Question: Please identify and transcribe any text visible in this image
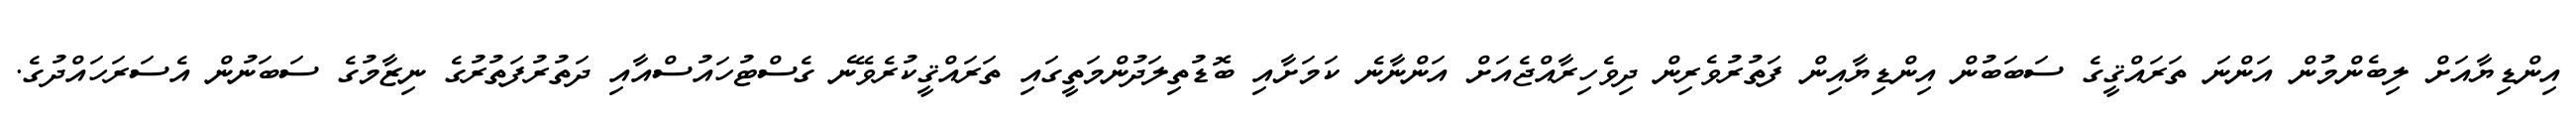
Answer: އިންޑިޔާއަށް ލިބެންމުން އަންނަ ތަރައްޤީގެ ސަބަބުން އިންޑިޔާއިން ފަތުރުވެރިން ދިވެހިރާއްޖެއަށް އަންނާނެ ކަމަށާއި ބޮޑުތިލަދުންމަތީގައި ތަރައްޤީކުރެވޭނެ ގެސްޓުހައުސްއާއި ދަތުރުފަތުރުގެ ނިޒާމުގެ ސަބަނުން އެސަރަހައްދުގެ.